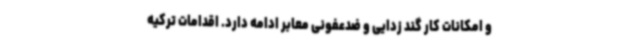
و امکانات کار گند زدایی و ضدعفونی معابر ادامه دارد. اقدامات ترکیه